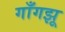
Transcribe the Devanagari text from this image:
गाँगझू